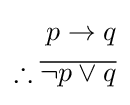
{\begin{aligned}p\rightarrow q\\\therefore {\overline {\neg p\vee q}}\\\end{aligned}}